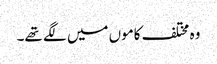
وہ مختلف کاموں میں لگے تھے۔